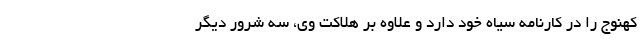
کهنوج را در کارنامه سیاه خود دارد و علاوه بر هلاکت وی، سه شرور دیگر